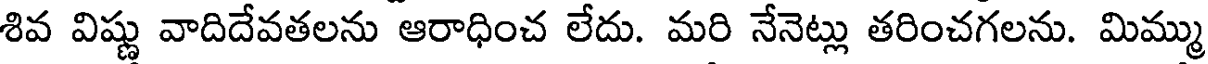
శివ విష్ణు వాదిదేవతలను ఆరాధించ లేదు. మరి నేనెట్లు తరించగలను. మిమ్ము